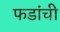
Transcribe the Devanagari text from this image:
फडांची